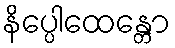
နိပ္ပေါထေန္တော